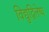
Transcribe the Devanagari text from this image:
विद्युद्विलेष्य